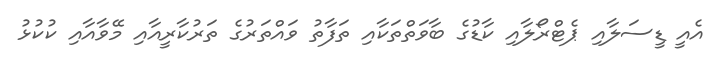
އެއީ ޑީސަލާއި ޕެޓްރޯލާއި ކާޑުގެ ބާވަތްތަކާއި ތަފާތު ވައްތަރުގެ ތަރުކާރީއާއި މޭވާއާއި ކުކުޅު